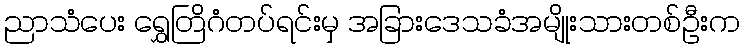
ညာသံပေး ရွှေတြိဂံတပ်ရင်းမှ အခြားဒေသခံအမျိုးသားတစ်ဦးက